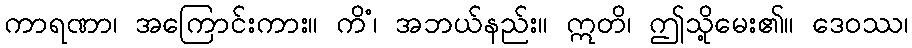
ကာရဏာ၊ အကြောင်းကား။ ကိံ၊ အဘယ်နည်း။ ဣတိ၊ ဤသို့မေး၏။ ဒေဝဿ၊